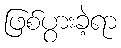
ဖြစ်ပွားခဲ့ရာ